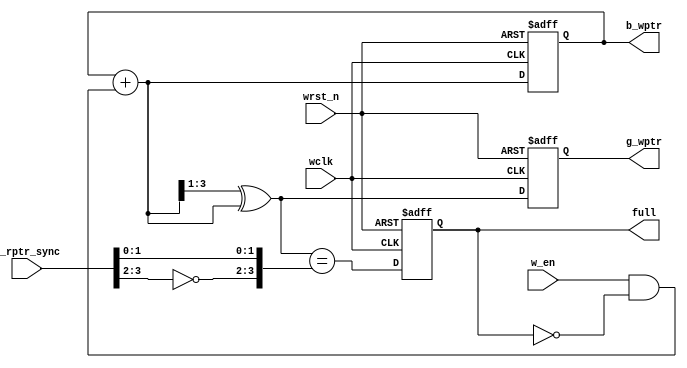
module wptr_handler #(parameter PTR_WIDTH=3) (
  input wclk, wrst_n, w_en,
  input [PTR_WIDTH:0] g_rptr_sync,
  output reg [PTR_WIDTH:0] b_wptr, g_wptr,
  output reg full
);

  reg [PTR_WIDTH:0] b_wptr_next;
  reg [PTR_WIDTH:0] g_wptr_next;
   
  reg wrap_around;
  wire wfull;
  
  assign b_wptr_next = b_wptr+(w_en & !full);
  assign g_wptr_next = (b_wptr_next >>1)^b_wptr_next;
  
  always@(posedge wclk or negedge wrst_n) begin
    if(!wrst_n) begin
      b_wptr <= 0; // set default value
      g_wptr <= 0;
    end
    else begin
      b_wptr <= b_wptr_next; // incr binary write pointer
      g_wptr <= g_wptr_next; // incr gray write pointer
    end
  end
  
  always@(posedge wclk or negedge wrst_n) begin
    if(!wrst_n) full <= 0;
    else        full <= wfull;
  end

  //assign wrap_around = (g_wptr_next) ^ g_rptr_sync[PTR_WIDTH]; // To check MSB of write and read pointers are different
  //assign wfull = wrap_around & (g_wptr_next[PTR_WIDTH-1] ^ g_rptr_sync[PTR_WIDTH-1]) & (g_wptr_next[PTR_WIDTH-2:0] == g_rptr_sync[PTR_WIDTH-2:0]);
  assign wfull = (g_wptr_next == {~g_rptr_sync[PTR_WIDTH:PTR_WIDTH-1], g_rptr_sync[PTR_WIDTH-2:0]});

endmodule